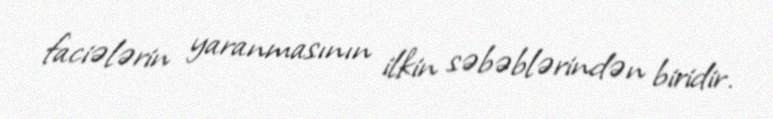
faciələrin yaranmasının ilkin səbəblərindən biridir.